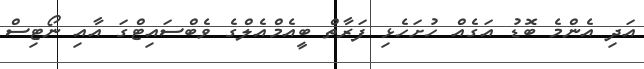
އަދި އެންމެ ބޮޑު އަގެއް ހުށަހެޅި ފަރާތް ބީއެމްއެލްގެ ވެބްސައިޓްގަ އާއި ނޯޓިސް